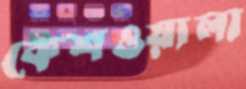
কেশওয়ালা